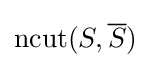
\operatorname {ncut} (S,{\overline {S}})